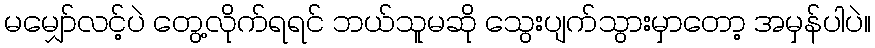
မမျှော်လင့်ပဲ တွေ့လိုက်ရရင် ဘယ်သူမဆို သွေးပျက်သွားမှာတော့ အမှန်ပါပဲ။